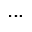
. . .